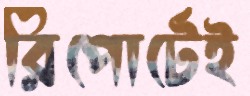
রিপোর্টেই